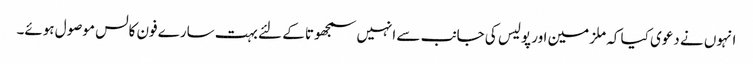
انہوں نے دعوی کیا کہ ملزمین اور پولیس کی جانب سے انہیں سمجھوتا کے لئے بہت سارے فون کالس موصول ہوئے۔